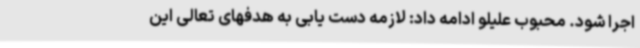
اجرا شود. محبوب علیلو ادامه داد: لازمه دست یابی به هدفهای تعالی این